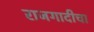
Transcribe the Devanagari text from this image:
राजगादीचा